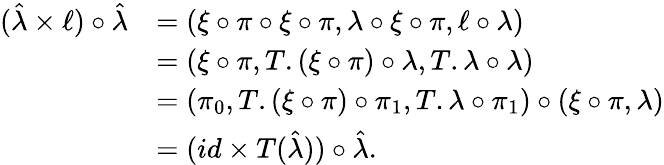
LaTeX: \begin{array}{rl}{(\hat{\lambda}\times\ell)\circ\hat{\lambda}}&{=(\xi\circ\pi\circ\xi\circ\pi,\lambda\circ\xi\circ\pi,\ell\circ\lambda)}\\ &{=(\xi\circ\pi,T.(\xi\circ\pi)\circ\lambda,T.\lambda\circ\lambda)}\\ &{=(\pi_{0},T.(\xi\circ\pi)\circ\pi_{1},T.\lambda\circ\pi_{1})\circ(\xi\circ\pi,\lambda)}\\ &{=(id\times T(\hat{\lambda}))\circ\hat{\lambda}.}\end{array}